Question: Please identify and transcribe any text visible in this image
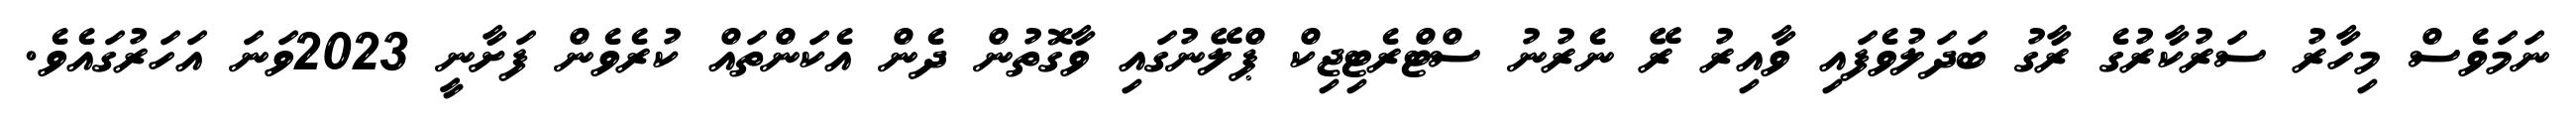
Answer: ނަމަވެސް މިހާރު ސަރުކާރުގެ ރާގު ބަދަލުވެފައި ވާއިރު ރޭ ނެރުނު ސްޓްރެޓިޖިކް ޕްލޭނުގައި ވާގޮތުން ދެން އެކަންތައް ކުރެވެން ފަށާނީ 2023ވަނަ އަހަރުގައެވެ.